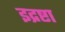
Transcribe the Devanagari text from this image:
इद्रष्टा